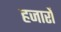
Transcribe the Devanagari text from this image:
हजारोँ